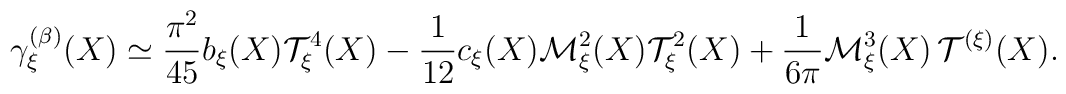
\gamma_\xi^{(\beta)} (X) \simeq \frac{\pi^2}{4 5} b_\xi (X) {\cal T}_\xi^4 (X) - \frac{1}{1 2} c_\xi (X) {\cal M}_\xi^2 (X) {\cal T}_\xi^2 (X) + \frac{1}{6 \pi} {\cal M}_\xi^3 (X) \, {\cal T}^{(\xi)} (X) .